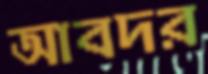
আবদর